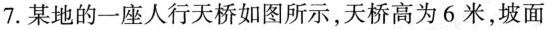
7.某地的一座人行天桥如图所示，天桥高为6米，坡面